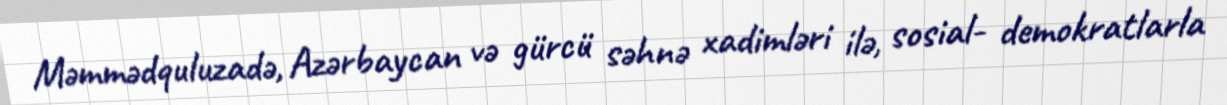
Məmmədquluzadə, Azərbaycan və gürcü səhnə xadimləri ilə, sosial- demokratlarla